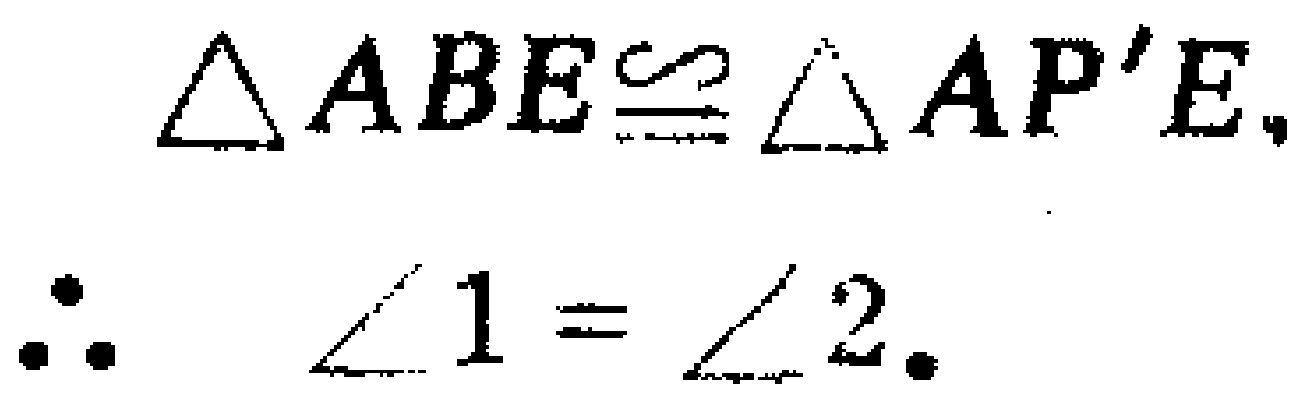
\(\triangle ABE\cong\triangle AP'E,\)

\(\therefore \angle 1 = \angle 2.\)